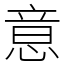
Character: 意